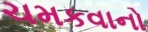
ચમકવાનો